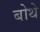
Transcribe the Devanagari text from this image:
बोथे